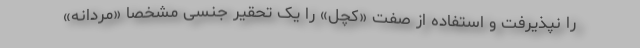
را نپذیرفت و استفاده از صفت «کچل» را یک تحقیر جنسی مشخصا «مردانه»